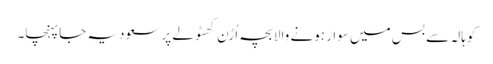
کوہالہ سے بس میں سوار ہونے والابچہ اُڑن کھٹولے پر سعودیہ جاپہنچا۔